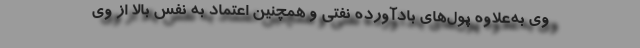
وی به‌علاوه پول‌های بادآورده نفتی و همچنین اعتماد به نفس بالا از وی